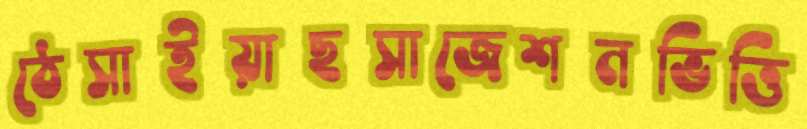
ঠেসাইয়াছসাজেশনভিত্তি